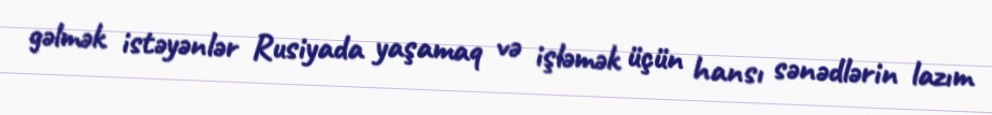
gəlmək istəyənlər Rusiyada yaşamaq və işləmək üçün hansı sənədlərin lazım